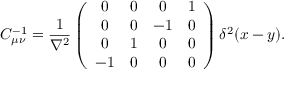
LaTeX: C _ { \mu \nu } ^ { - 1 } = \frac { 1 } { \nabla ^ { 2 } } \left( \begin{array} { c c c c } { { 0 } } & { { 0 } } & { { 0 } } & { { 1 } } \\ { { 0 } } & { { 0 } } & { { - 1 } } & { { 0 } } \\ { { 0 } } & { { 1 } } & { { 0 } } & { { 0 } } \\ { { - 1 } } & { { 0 } } & { { 0 } } & { { 0 } } \end{array} \right) \delta ^ { 2 } ( x - y ) .